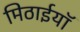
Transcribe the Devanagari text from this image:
मिठाईयाॅ